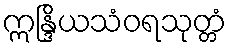
ဣန္ဒြိယသံဝရသုတ္တံ